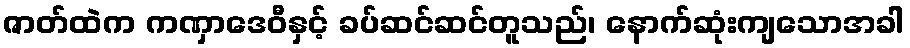
ဇာတ်ထဲက ကဏှာဒေဝီနှင့် ခပ်ဆင်ဆင်တူသည်၊ နောက်ဆုံးကျသောအခါ